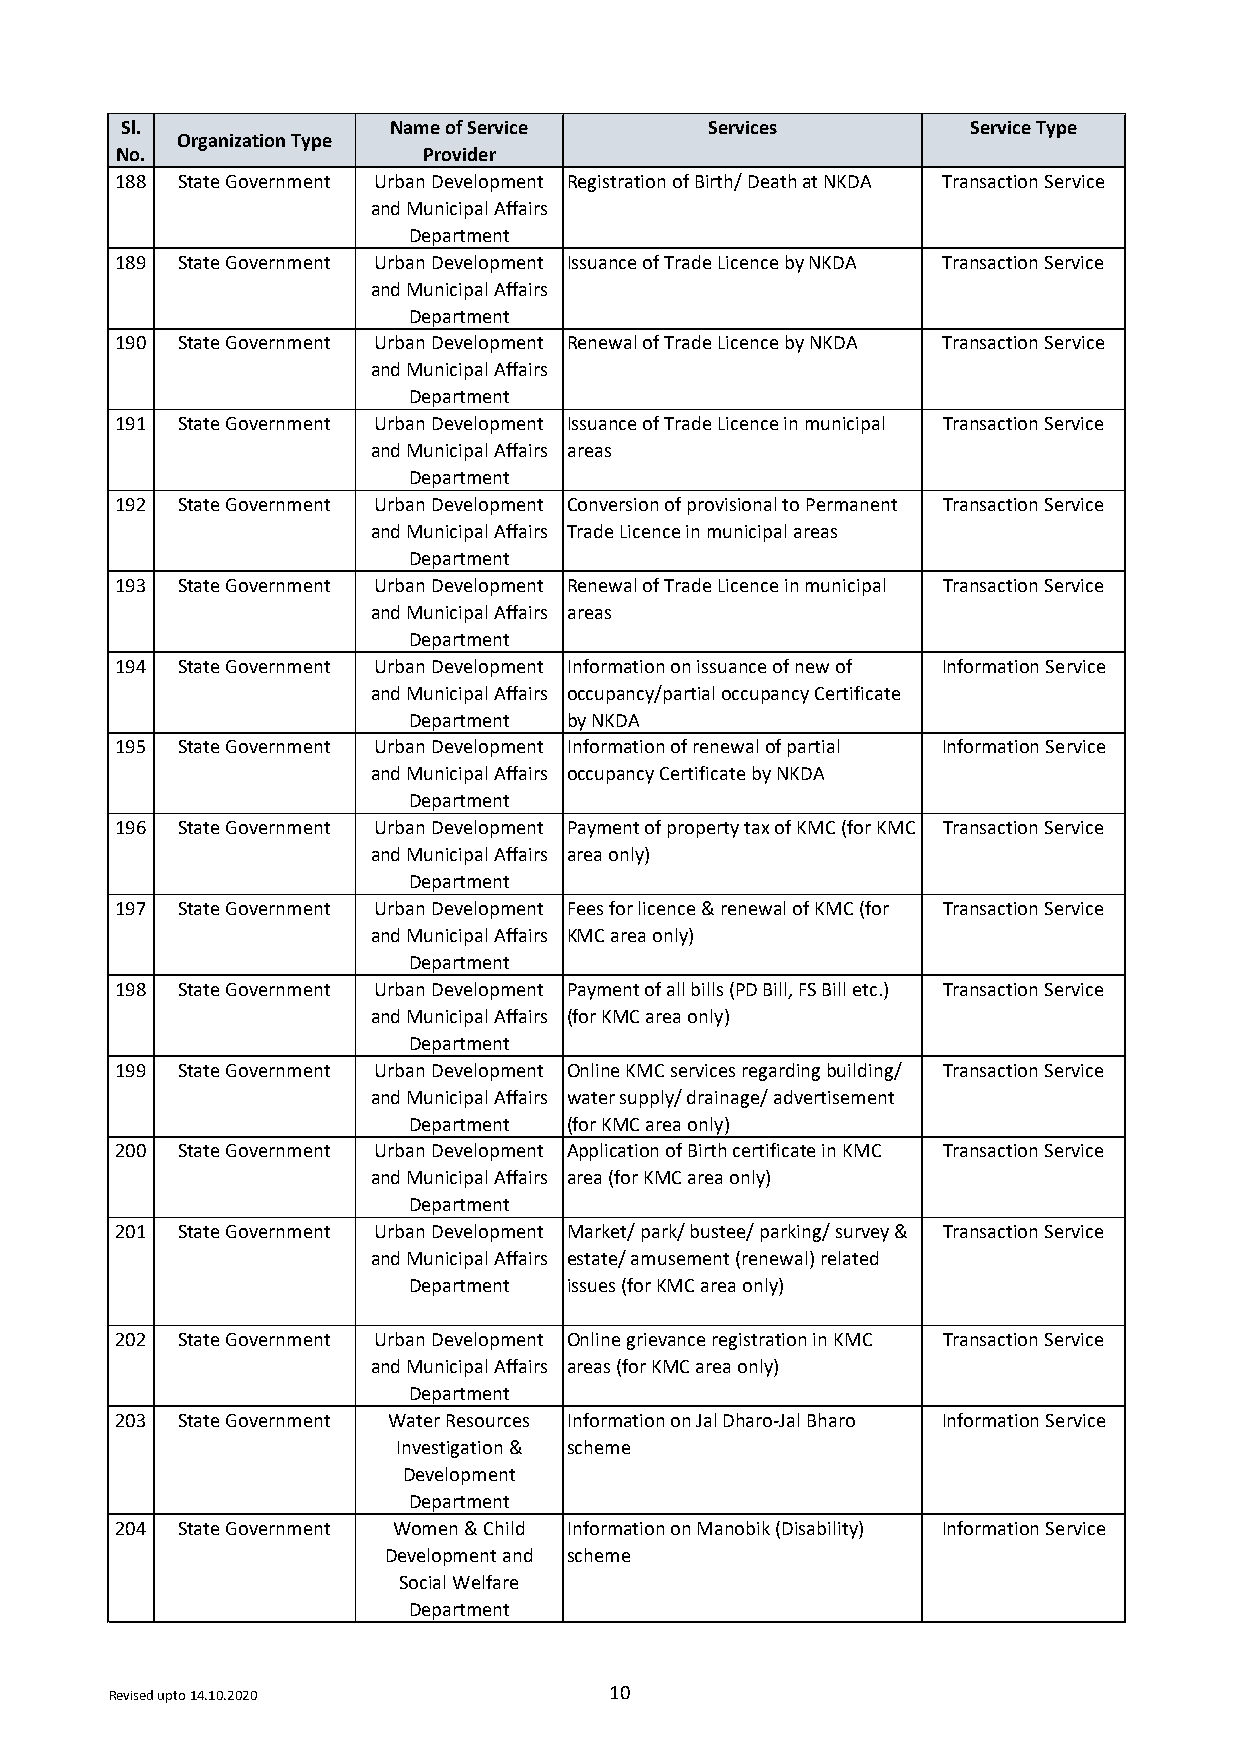
Sl.               Name of Service      Services         Service Type
 Organization Type
 No.                 Provider
 188 State Government Urban Development Registration of Birth/ Death at NKDA Transaction Service
 and Municipal Affairs
 Department
 189 State Government Urban Development Issuance of Trade Licence by NKDA Transaction Service
 and Municipal Affairs
 Department
 190 State Government Urban Development Renewal of Trade Licence by NKDA Transaction Service
 and Municipal Affairs
 Department
 191 State Government Urban Development Issuance of Trade Licence in municipal Transaction Service
 and Municipal Affairs areas
 Department
 192 State Government Urban Development Conversion of provisional to Permanent Transaction Service
 and Municipal Affairs Trade Licence in municipal areas
 Department
 193 State Government Urban Development Renewal of Trade Licence in municipal Transaction Service
 and Municipal Affairs areas
 Department
 194 State Government Urban Development Information on issuance of new of Information Service
 and Municipal Affairs occupancy/partial occupancy Certificate
 Department by NKDA
 195 State Government Urban Development Information of renewal of partial Information Service
 and Municipal Affairs occupancy Certificate by NKDA
 Department
 196 State Government Urban Development Payment of property tax of KMC (for KMC Transaction Service
 and Municipal Affairs area only)
 Department
 197 State Government Urban Development Fees for licence & renewal of KMC (for Transaction Service
 and Municipal Affairs KMC area only)
 Department
 198 State Government Urban Development Payment of all bills (PD Bill, FS Bill etc.) Transaction Service
 and Municipal Affairs (for KMC area only)
 Department
 199 State Government Urban Development Online KMC services regarding building/ Transaction Service
 and Municipal Affairs water supply/ drainage/ advertisement
 Department (for KMC area only)
 200 State Government Urban Development Application of Birth certificate in KMC Transaction Service
 and Municipal Affairs area (for KMC area only)
 Department
 201 State Government Urban Development Market/ park/ bustee/ parking/ survey & Transaction Service
 and Municipal Affairs estate/ amusement (renewal) related
 Department issues (for KMC area only)
 202 State Government Urban Development Online grievance registration in KMC Transaction Service
 and Municipal Affairs areas (for KMC area only)
 Department
 203 State Government Water Resources Information on Jal Dharo-Jal Bharo Information Service
 Investigation & scheme
 Development
 Department
 204 State Government Women & Child Information on Manobik (Disability) Information Service
 Development and scheme
 Social Welfare
 Department
 Revised upto 14.10.2020          10